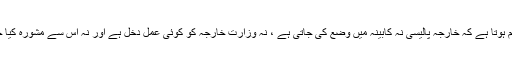
ایسا معلوم ہوتا ہے کہ خارجہ پالیسی نہ کابینہ میں وضع کی جاتی ہے ، نہ وزارت خارجہ کو کوئی عمل دخل ہے اور نہ اس سے مشورہ کیا جاتا ہے ۔